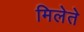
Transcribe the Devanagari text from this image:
मिलेते